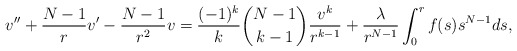
\begin{align*}v'' + \frac{N-1}{r} v' - \frac{N-1}{r^2} v = \frac{(-1)^k}{k} \binom{N-1}{k-1} \frac{v^k}{r^{k-1}}+ \frac{\lambda}{r^{N-1}} \int_0^{r} f(s) s^{N-1} ds,\end{align*}